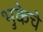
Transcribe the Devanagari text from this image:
भुकेचे